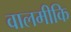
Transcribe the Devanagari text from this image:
वालमीकि